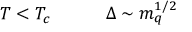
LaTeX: T < T _ { c } ~ ~ ~ ~ ~ ~ ~ ~ ~ \Delta \sim m _ { q } ^ { 1 / 2 }